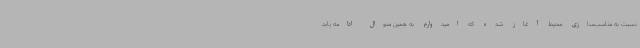
نسبت به مناسب‌سازی محیط آغاز شده که امیدوارم به همین منوال ادامه یابد.